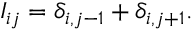
I _ { i j } = \delta _ { i , j - 1 } + \delta _ { i , j + 1 } .